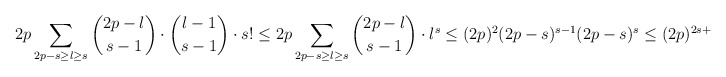
\begin{align*} 2p \sum_{2p-s \geq l \geq s}{\binom{2p-l}{s-1} \cdot \binom{l-1}{s-1} \cdot s!} \leq 2p \sum_{2p-s \geq l \geq s}{\binom{2p-l}{s-1} \cdot l^s} \leq (2p)^2(2p-s)^{s-1}(2p-s)^{s} \leq (2p)^{2s+1},\end{align*}